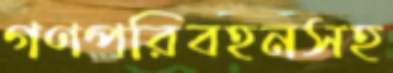
গণপরিবহনসহ